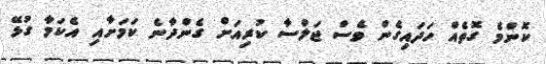
ކޮންމެ ގޮތެއް ހަދައިގެން ވެސް ޖަލްސާ ކުރިއަށް ގެންދާނެ ކަމަށާއި އެކަމާ ގުޅޭ